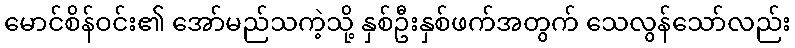
မောင်စိန်ဝင်း၏ အော်မည်သကဲ့သို့ နှစ်ဦးနှစ်ဖက်အတွက် သေလွန်သော်လည်း